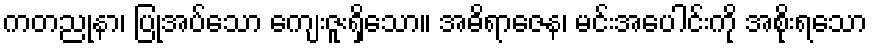
ကတညုနာ၊ ပြုအပ်သော ကျေးဇူးရှိသော။ အဓိရာဇေန၊ မင်းအပေါင်းကို အစိုးရသော